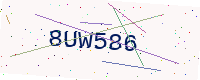
Text: 8UW586